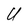
Character: U